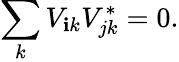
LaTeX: \sum_{k}V_{\mathbf{i}k}V_{jk}^{*}=0.